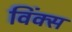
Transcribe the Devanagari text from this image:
विंक्स